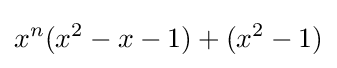
x^{n}(x^{2}-x-1)+(x^{2}-1)